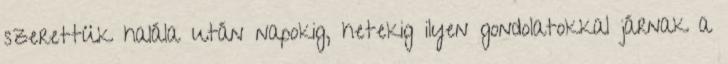
szerettük halála után napokig, hetekig ilyen gondolatokkal járnak a